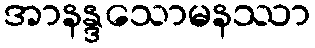
အာနန္ဒသောမနဿာ